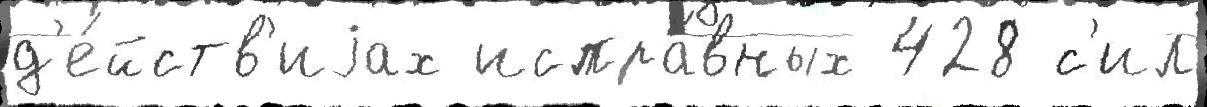
д'е́йств'иjах испра́вных 428 с'ил